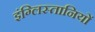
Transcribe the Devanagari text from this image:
इंग्लिस्तानियों